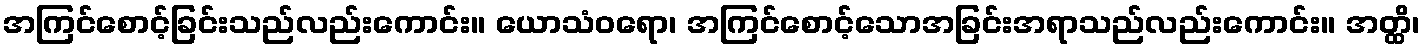
အကြင်စောင့်ခြင်းသည်လည်းကောင်း။ ယောသံဝရော၊ အကြင်စောင့်သောအခြင်းအရာသည်လည်းကောင်း။ အတ္ထိ၊